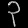
Digit: ၃